Report on sanitation, dispensaries, and jails in Rajputana for 1914, and on vaccination for the year 1914-1915 - 1914-1915
Year: 1914
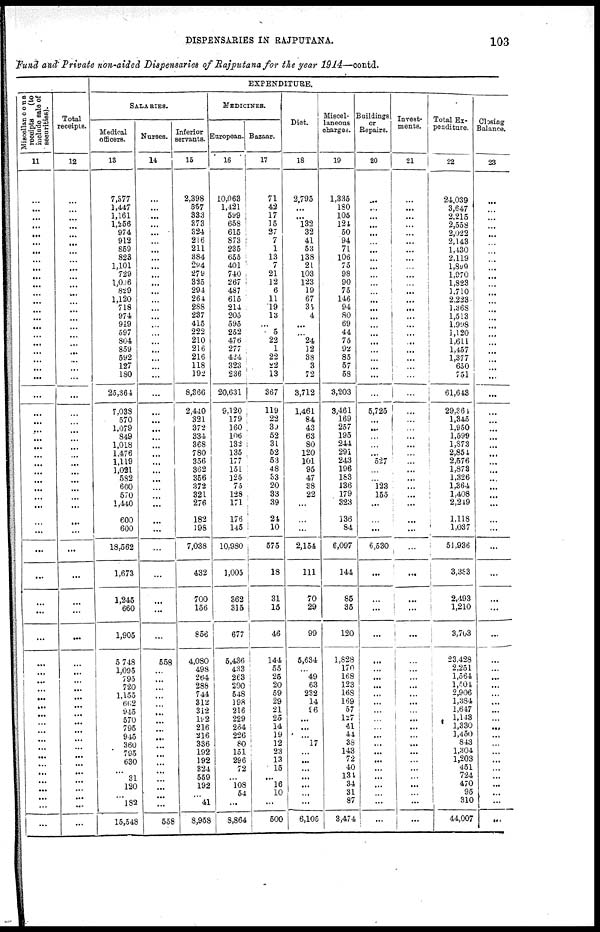
DISPENSARIES IN RAJPUTANA.
103
Fund and' Private non-aided Dispensaries of Rajputana for the year 1914—contd.
Miscollen cous
receipts
(to
include sale of
securities).
11
...
...
...
...
...
...
...
...
...
...
...
...
...
...
...
...
...
...
...
...
...
...
...
...
...
...
...
...
...
...
...
...
...
...
...
...
...
...
...
...
...
...
...
...
...
...
...
...
...
...
...
...
...
...
...
...
...
...
...
...
Total
receipts.
12
...
...
...
...
...
...
...
...
...
...
...
...
...
...
...
...
...
...
...
...
...
...
...
...
...
...
...
...
...
...
...
...
...
...
...
...
...
...
...
...
...
...
...
...
...
...
...
...
...
...
...
...
...
...
...
...
...
...
...
...
EXPENDITURE.
SALARIES.
Medical
officers.
13
7,377
1,447
1,161
1,256
974
912
859
823
1,101
729
1,006
829
1,120
718
974
919
597
804
859
592
127
180
25,364
7,038
570
1,079
849
1,018
1.476
1,119
1,021
582
600
570
1,440
600
600
18,562
1,673
1,245
660
1,905
5 748
1,095
795
720
1,155
662
945
570
795
945
360
795
630
31
120
...
182
15,548
Nurses.
14
...
...
...
. . .
. ..
. . .
...
. . .
. ..
...
...
. . .
. . .
...
...
...
...
...
...
...
...
...
...
...
...
...
...
...
...
...
...
...
...
...
...
...
...
...
...
...
...
...
558
...
...
...
...
...
...
...
...
...
...
...
...
...
...
...
...
558
Inferior
servants.
15
2,398
557
333
373
324
216
211
384
294
279
325
294
264
288
237
415
222
210
216
216
118
192
8,366
2,440
321
372
334
368
780
356
362
356
372
821
276
182
198
7,038
432
700
156
856
4,080
498
264
288
744
312
312
192
216
216
336
192
192
824
559
192
...
41
8,958
MEDICINES.
European.
16
10,063
1,421
599
658
615
873
235
655
401
740
267
487
615
214
205
595
252
476
277
424
323
236
20,631
9,120
179
160
106
132
135
177
151
125
75
128
171
176
145
10,930
1,005
362
315
677
5,436
433
263
200
548
198
216
229
234
226
80
151
296
72
...
108
54
...
8,864
Bazaar.
17
71
42
17
15
27
7
1
13
7
21
12
6
11
19
13
...
5
22
1
22
22
13
367
119
...
39
52
3
62
53
48
33
20
33
39
24
10
575
18
31
15
46
144
55
25
20
59
29
21
25
14
19
12
23
13
15
. ..
16
10
...
500
Diet.
18
3,795
...
. . .
132
32
41
53
138
2
103
123
19
67
35
4
...
...
24
12
38
3
72
3,712
1,461
84
43
63
80
120
101
95
47
38
22
...
...
...
2,154
111
70
29
99
6,634
...
49
63
232
14
16
...
...
...
17
...
...
...
...
...
...
6,105
Miscellaneous
charges.
19
1,335
180
105
124
50
94
71
106
75
98
90
75
146
94
80
69
44
75
92
85
57
58
3,203
3,461
169
257
195
244
291
243
196
183
136
179
323
136
84
8,097
144
85
35
120
1,828
17n
168
123
168
169
57
127
41
44
33
143
72
40
131
34
31
87
3,474
Buildings
or
Repairs.
20
...
...
...
...
...
...
...
...
...
...
...
...
...
...
...
...
...
...
...
...
...
...
...
5,725
...
...
...
...
...
527
...
...
123
155
...
...
...
6,530
...
...
...
...
...
...
...
...
...
...
...
...
...
...
...
...
...
...
...
...
...
...
Investments. .
21
...
...
...
...
...
...
...
...
...
...
...
...
...
...
...
...
...
...
...
...
...
...
...
...
...
...
...
...
...
...
...
...
...
...
...
...
...
...
...
...
...
...
...
...
...
...
...
...
...
...
...
...
...
... ...
...
...
...
...
...
Total Expenditure.
22
24,039
3,647
2.215
2,558
2,022
2,143
1,430
2,119
l,899
1,970
1,323
1,710
2,223
1,368
1,513
1,998
3,120
1,611
1,457
1,377
650
751
61,643
29,361
1,345
1,950
1,599
1,S73
2,85 4
2,676
1,873
1,326
1,364
1,408
2,219
1.118
1,037
51,936
3,363
2,493
1,210
3,703
23.428
2,251
1,564
1,501
2,906
1,384
1,647
1.143
1,330
1,450
843
1,304
1,203
451
724
470
95
310
44,007
Closing
Balance.
23
...
...
...
...
...
...
...
...
...
...
...
...
...
...
...
...
...
...
...
...
...
...
...
...
...
...
...
...
...
...
...
...
...
...
...
...
...
...
...
...
...
...
...
...
...
...
...
...
...
...
...
...
...
...
...
...
...
...
...
. . .